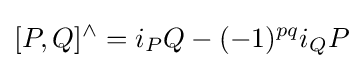
[P,Q]^{\land }=i_{P}Q-(-1)^{pq}i_{Q}P